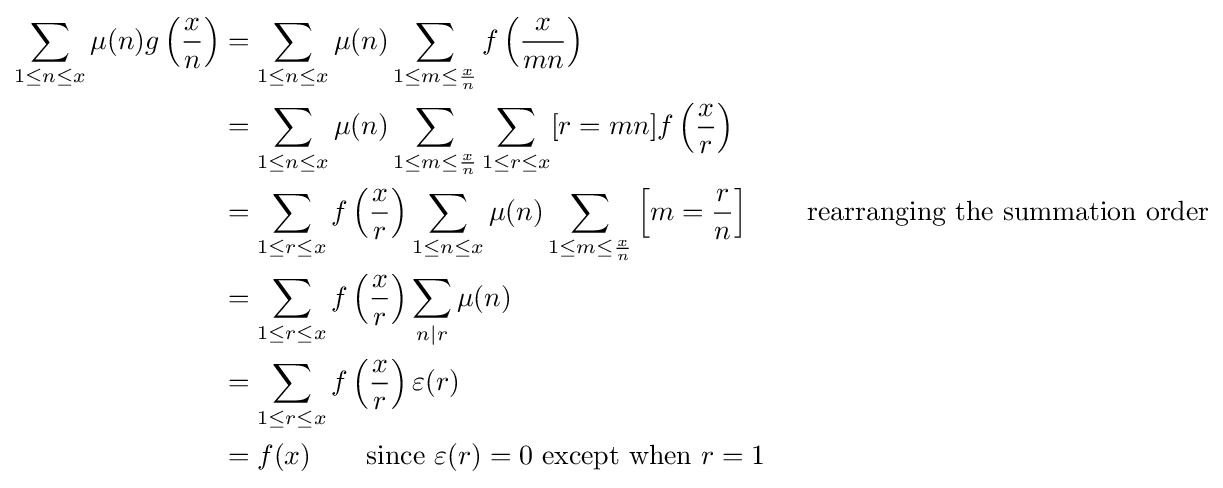
{\begin{aligned}\sum _{1\leq n\leq x}\mu (n)g\left({\frac {x}{n}}\right)&=\sum _{1\leq n\leq x}\mu (n)\sum _{1\leq m\leq {\frac {x}{n}}}f\left({\frac {x}{mn}}\right)\\&=\sum _{1\leq n\leq x}\mu (n)\sum _{1\leq m\leq {\frac {x}{n}}}\sum _{1\leq r\leq x}[r=mn]f\left({\frac {x}{r}}\right)\\&=\sum _{1\leq r\leq x}f\left({\frac {x}{r}}\right)\sum _{1\leq n\leq x}\mu (n)\sum _{1\leq m\leq {\frac {x}{n}}}\left[m={\frac {r}{n}}\right]\qquad {\text{rearranging the summation order}}\\&=\sum _{1\leq r\leq x}f\left({\frac {x}{r}}\right)\sum _{n|r}\mu (n)\\&=\sum _{1\leq r\leq x}f\left({\frac {x}{r}}\right)\varepsilon (r)\\&=f(x)\qquad {\text{since }}\varepsilon (r)=0{\text{ except when }}r=1\end{aligned}}